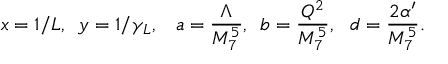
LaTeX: x = 1 / L , \, \, \, y = 1 / \gamma _ { L } , \, \, \, \ a = \frac { \Lambda } { M _ { 7 } ^ { 5 } } , \, \, \, b = \frac { Q ^ { 2 } } { M _ { 7 } ^ { 5 } } , \, \, \, \, d = \frac { 2 \alpha ^ { \prime } } { M _ { 7 } ^ { 5 } } .